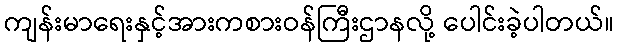
ကျန်းမာရေးနှင့်အားကစားဝန်ကြီးဌာနလို့ ပေါင်းခဲ့ပါတယ်။